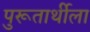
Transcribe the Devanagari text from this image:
पुरूतार्थीला